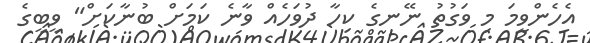
އެހެންވީމަ މި ވަގުތު ނޭނގެ ކިހާ ދުވަހެއް ވާނެ ކަމަށް ބުނާކަށް" ވީބީގެ